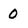
Character: 0